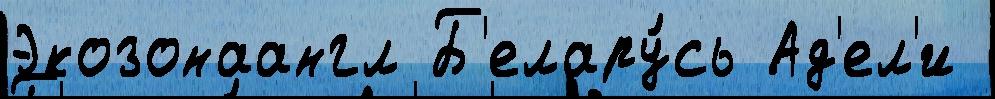
Экозонаангл Б'елару́сь Ад'ел'и